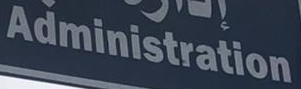
Administration